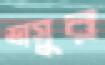
ভাসুর